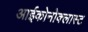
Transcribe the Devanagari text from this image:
आईकोनोक्लास्ट